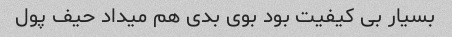
بسیار بی کیفیت بود بوی بدی هم میداد حیف پول